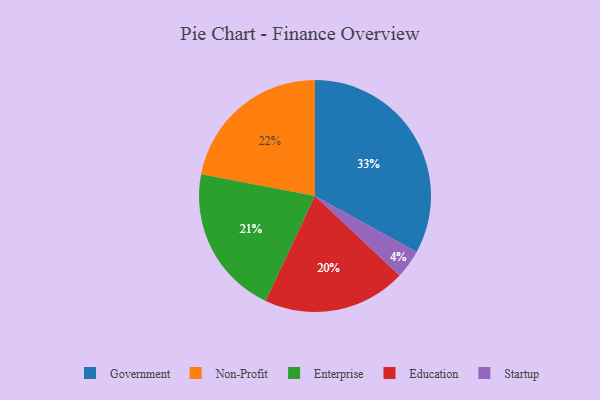
{"axis": {"x": "Category", "y": "Percentage"}, "legend": ["Education", "Enterprise", "Government", "Non-Profit", "Startup"], "data": [{"x": "Non-Profit", "y": 22, "type": "Non-Profit"}, {"x": "Enterprise", "y": 21, "type": "Enterprise"}, {"x": "Education", "y": 20, "type": "Education"}, {"x": "Startup", "y": 4, "type": "Startup"}, {"x": "Government", "y": 33, "type": "Government"}]}